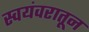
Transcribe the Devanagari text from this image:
स्वयंवरातून